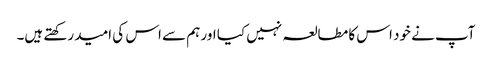
آپ نے خود اس کا مطالعہ نہیں کیا اور ہم سے اس کی امید رکھتے ہیں۔